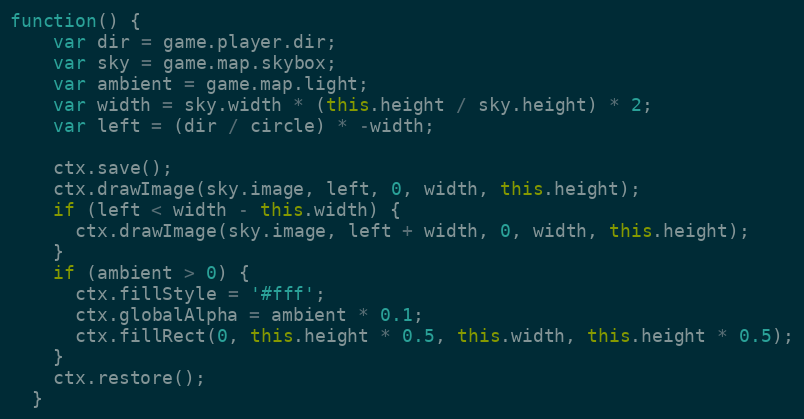
Language: JavaScript
function() {
    var dir = game.player.dir;
    var sky = game.map.skybox;
    var ambient = game.map.light;
    var width = sky.width * (this.height / sky.height) * 2;
    var left = (dir / circle) * -width;

    ctx.save();
    ctx.drawImage(sky.image, left, 0, width, this.height);
    if (left < width - this.width) {
      ctx.drawImage(sky.image, left + width, 0, width, this.height);
    }
    if (ambient > 0) {
      ctx.fillStyle = '#fff';
      ctx.globalAlpha = ambient * 0.1;
      ctx.fillRect(0, this.height * 0.5, this.width, this.height * 0.5);
    }
    ctx.restore();
  }